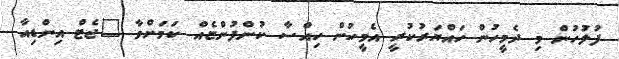
ފުލުހުން މި ދެމީހުން ހައްޔަރުކުރީ އެމީހުން ހިއްސާ ކުންފުންޏެއް ކަމަށްވާ "ޖެޓް އިންޑިއާ